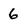
Character: 6